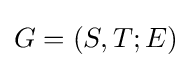
G=(S,T;E)